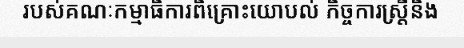
របស់គណៈកម្មាធិការពិគ្រោះយោបល់ កិច្ចការស្ត្រីនិង